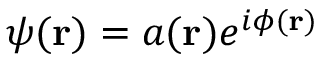
\psi ( \mathbf { r } ) = a ( \mathbf { r } ) e ^ { i \phi ( \mathbf { r } ) }